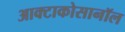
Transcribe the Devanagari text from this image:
आक्टाकोसानॉल